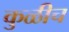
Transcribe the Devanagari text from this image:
कुळीच